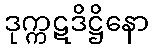
ဒုက္ကဋဒိဋ္ဌိနော